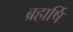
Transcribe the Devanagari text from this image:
ब्रहार्षि